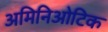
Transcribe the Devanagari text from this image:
अमिनिओटिक